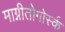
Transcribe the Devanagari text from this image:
माग्नीतोगोर्स्क